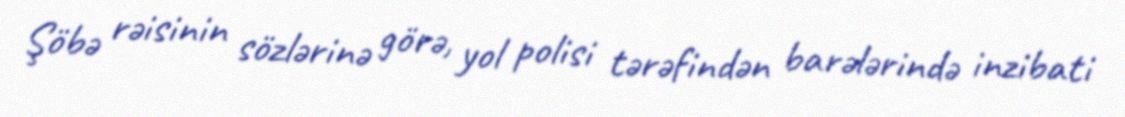
Şöbə rəisinin sözlərinə görə, yol polisi tərəfindən barələrində inzibati